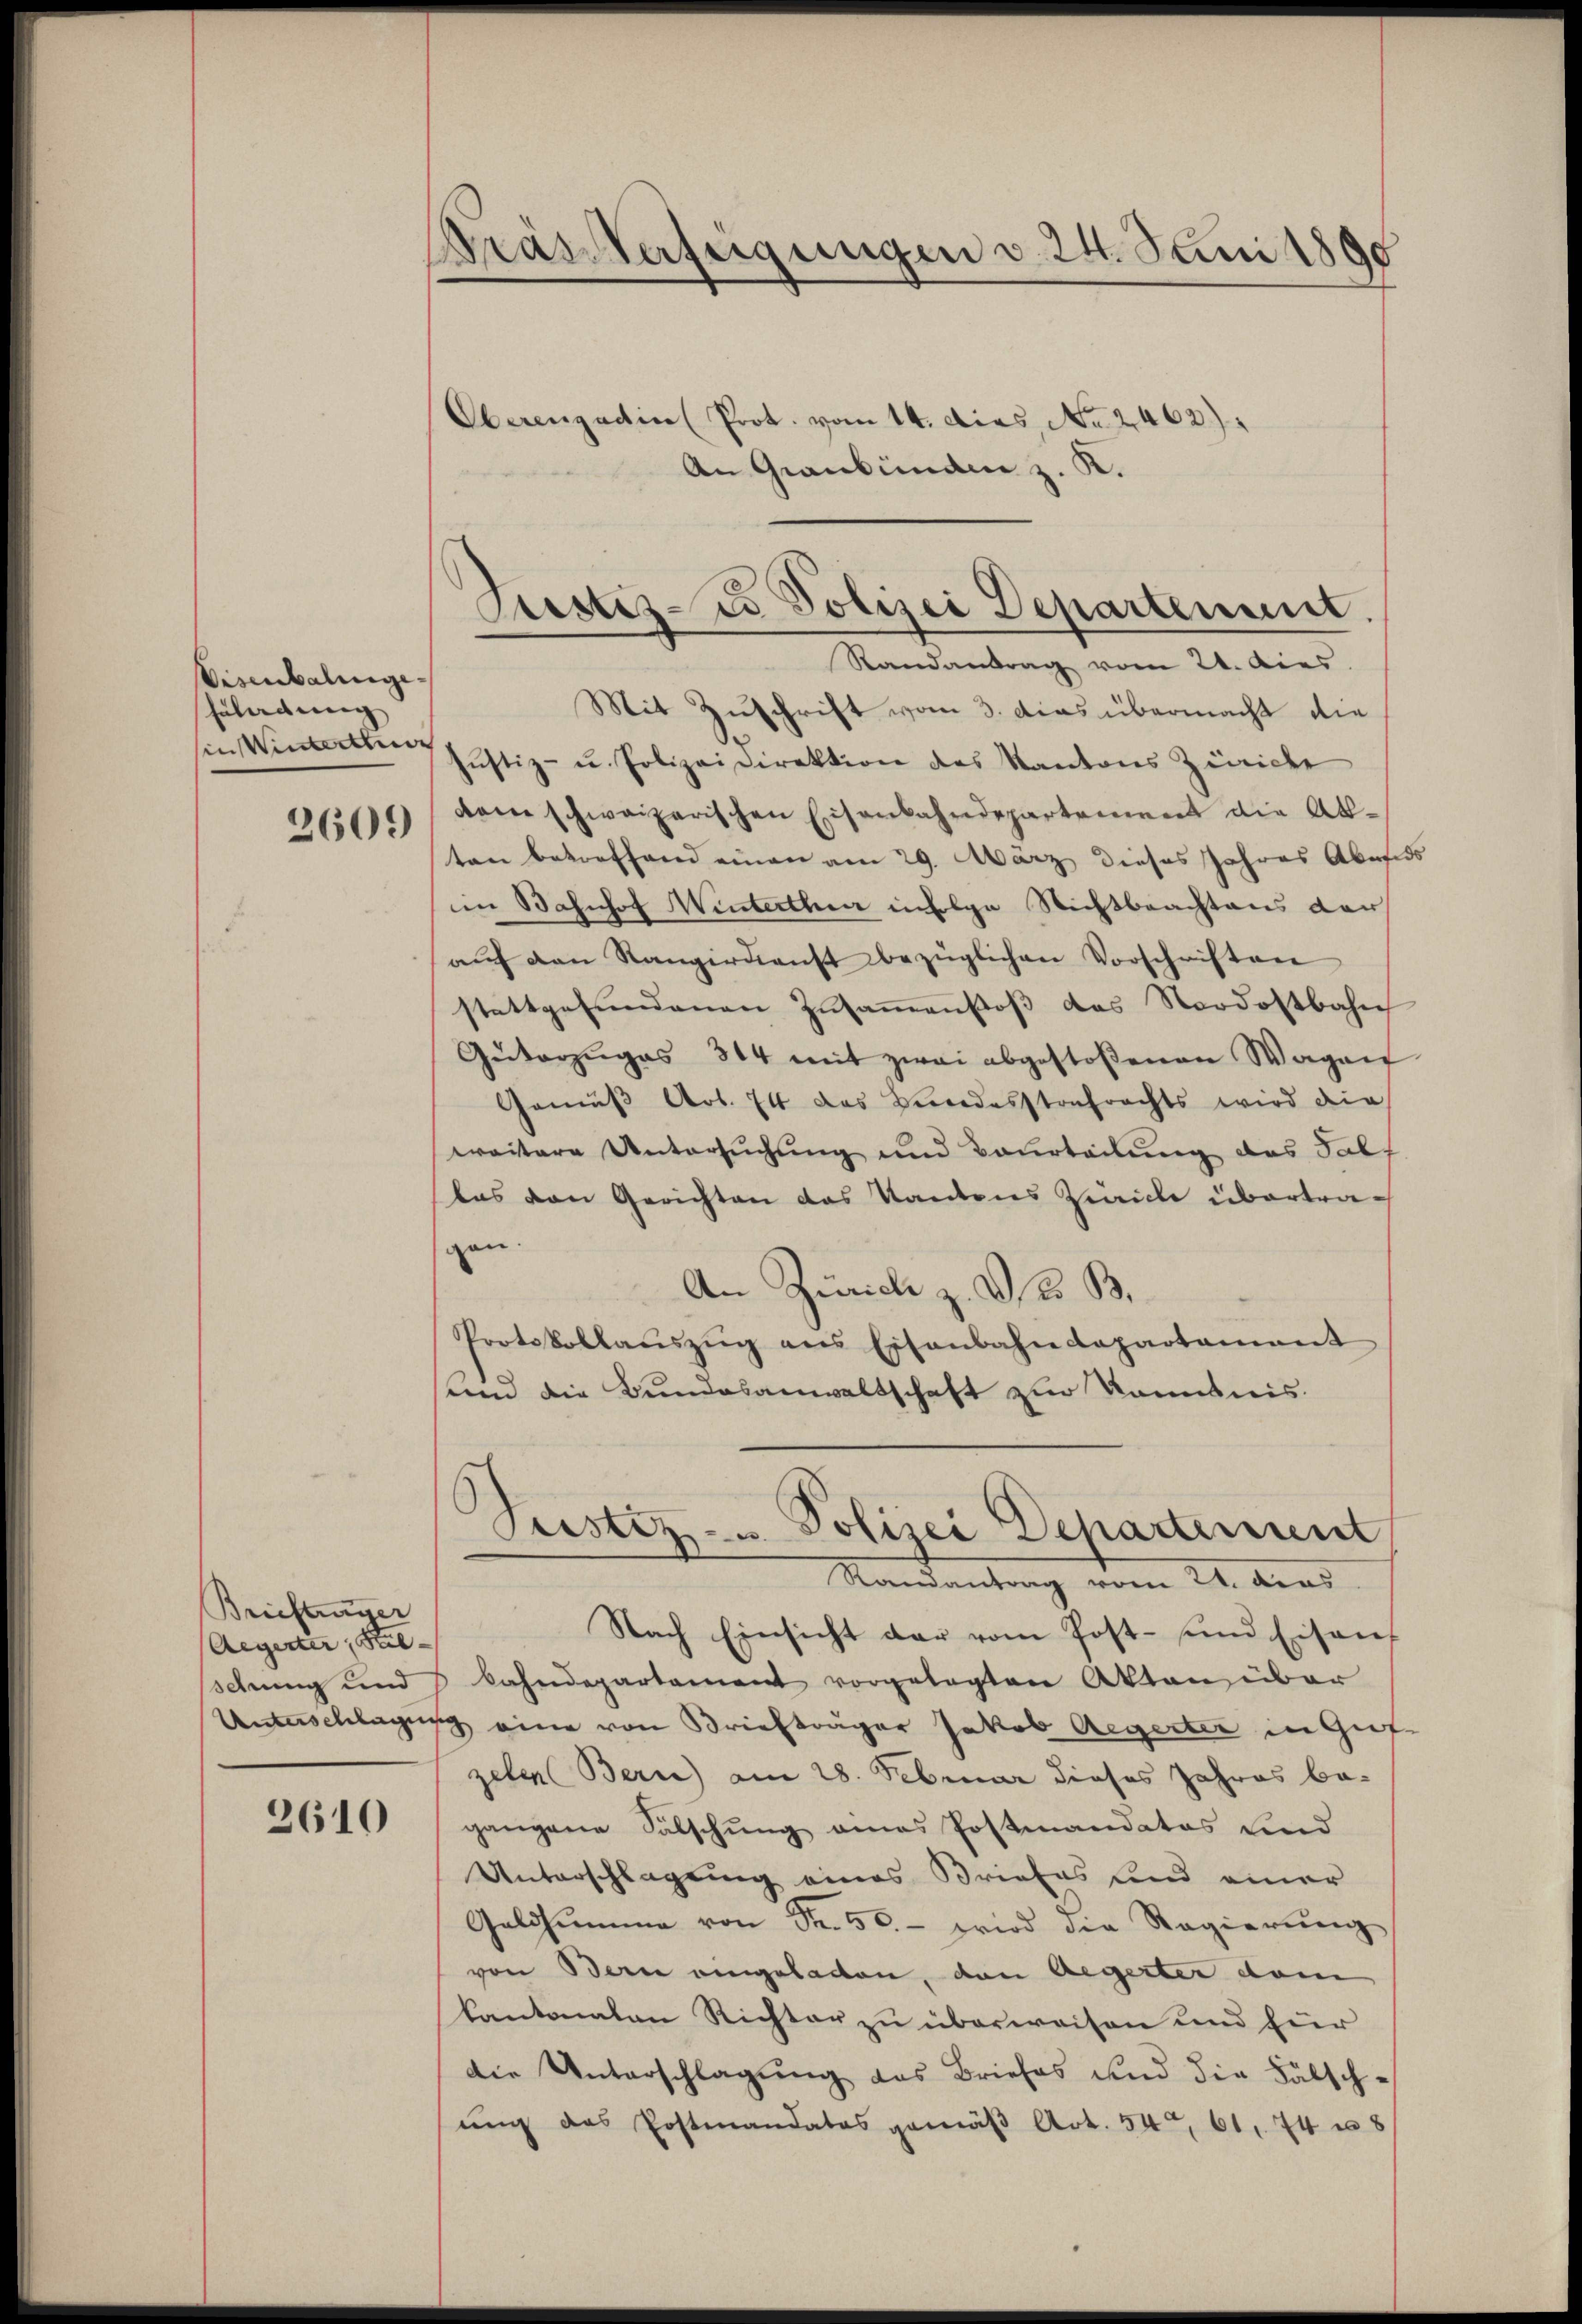
Visenbalingenladung |
in Winterthur
2609

Briefträger
Aegerter, Stel- |
oduung und

2610

Gras Verfeigungen v. 24. Juni 1890

Justiz- u Polizei Departement.
Randantrag vom 21. dies

Oberengadin (Prot. vom 14. dies No. 2462)
An Graubünden z. K.
Mit Zuschrift vom 3. das übermacht die
Jŭstiz- u. Polizeidirektion des Kantons Zürich
dam schweizerischen Eisenbahndepartement die Abten betreffend einen am 29. März dieses Jahres Abends
im Bahnhof Winterthur infolge Nichtbeachtens der
aŭf den Rangirdienst bezüglichen Vorschriften
stattgefŭndenen Zŭsaṁenstoβ das Nordostbahn
Güterzŭges 314 mit zwei abgestoßenen Wagen
Gemäβ Art. 74 das Bundesstrafrechts wird die
weitere Untersuchung und Beurteilung das Palf
las den Gerichten das Kantons Zürich übertragen.
An Zürich z. Dr. B.
Protokollaŭszŭg ans Eisenbahndepartament
und die Bundesanwaltschaft zur Kenntnis.
Justiz- u. Polizei Departement
Standentrag vom 24. dies
Nach Einsicht dar vom Post- und Eisenbahndepartament vorgelegten Akten über
Unterschlagung eine von Briefträger Jakob Aegerter in Gut
zelen Bern) am 28. Februar dieses Jahres be-
gangene Sälschung eines Postmandatos und
Unterschlagung eines Briefes und einer
Geldsumme von Fr. 50.- wird die Regierŭng
von Bern eingeladen, den Aegerter dem
kantonalen Richter zu überweisen und für
die Unterschlagung des Briefes und die Fälschung das Postmandatos gemäβ Art. 54, 61, 74 n 8